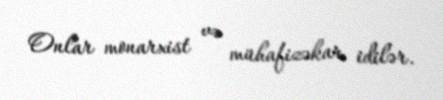
Onlar monarxist və mühafizəkar idilər.